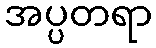
အပ္ပတရာ